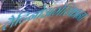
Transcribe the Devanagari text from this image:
लैटिनोअमेरिकाना